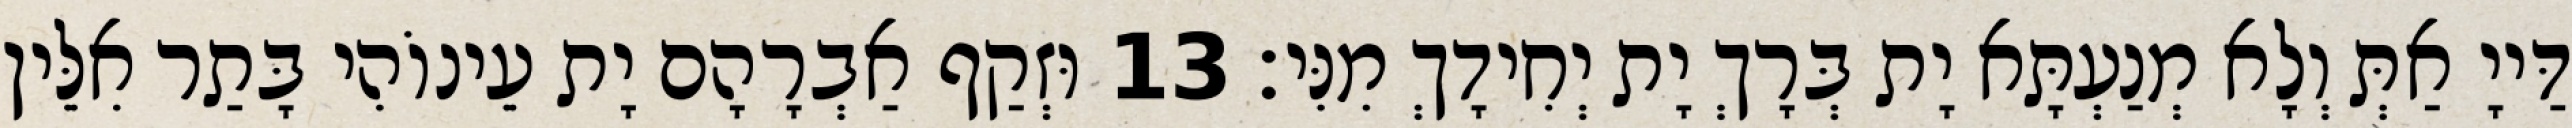
דַּייָ אַתְּ וְלָא מְנַעְתָּא יָת בְּרָךְ יָת יְחִידָךְ מִנִּי׃ 13 וּזְקַף אַבְרָהָם יָת עֵינוֹהִי בָּתַר אִלֵּין